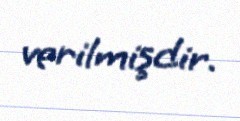
verilmişdir.